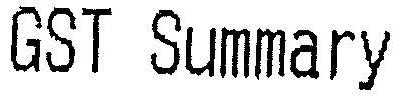
GST SUMMARY